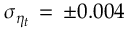
\sigma _ { \eta _ { t } } \, = \, \pm 0 . 0 0 4